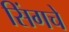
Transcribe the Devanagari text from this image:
सिंगचे